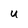
Character: U